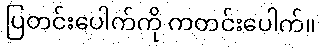
ပြတင်းပေါက်ကို ကတင်းပေါက်။